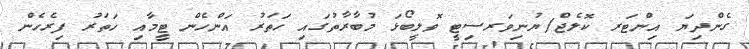
ގެންދިޔަ އިންޓަރ ކޮލެޖް/ޔުނިވަރސިޓީ ވޮލީބޯޅަ މުބާރާތުގައި ހަތަރު އަންހެން ޓީމާއި ހަތަރު ފިރެހެން